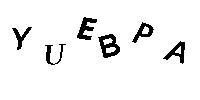
YUEBPA